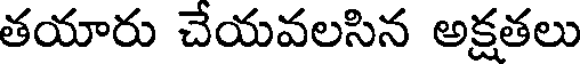
తయారు చేయవలసిన అక్షతలు